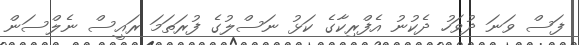
ފަސް ވަނަ ދުވަހު ދެކުނު އެފްރިކާގެ ކަޅު ނަސްލުގެ ފުރަތަމަ ރައީސް ނެލްސަން